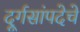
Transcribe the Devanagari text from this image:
दूर्गसांपदेचे